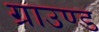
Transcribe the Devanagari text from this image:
ग्राउण्‍ड